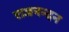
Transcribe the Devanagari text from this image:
राजनन्दन